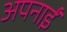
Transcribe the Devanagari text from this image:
अपनाईं